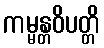
ကမ္မန္တဝိပတ္တိ